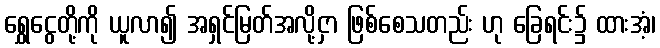
ရွှေငွေတို့ကို ယူလာ၍ အရှင်မြတ်အလို့ငှာ ဖြစ်စေသတည်း ဟု ခြေရင်း၌ ထားအံ့၊